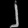
Digit: ၂